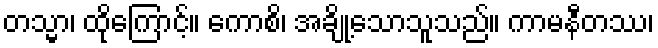
တသ္မာ၊ ထိုကြောင့်။ ကောစိ၊ အချို့သောသူသည်။ ကာမနီတဿ၊